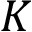
K